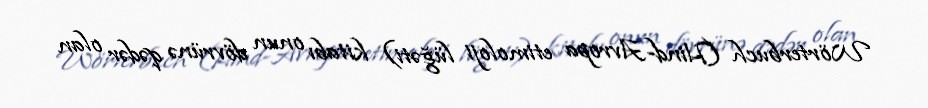
Wörterbuch (Hind-Avropa etimoloji lüğəti) kitabı onun dövrünə qədər olan